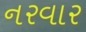
નરવાર